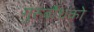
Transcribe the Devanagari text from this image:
गुरुर्बोधको